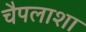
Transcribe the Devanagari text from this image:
चैपलाशा